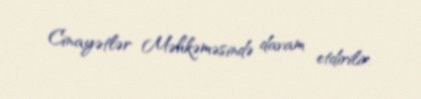
Cinayətlər Məhkəməsində davam etdirilir.